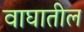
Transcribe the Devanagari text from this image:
वाघातील